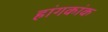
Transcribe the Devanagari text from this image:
हांगकांक